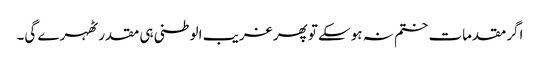
اگر مقدمات ختم نہ ہوسکے تو پھر غریب الوطنی ہی مقدر ٹھہرے گی۔